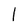
Character: l